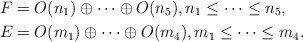
\begin{align*} F &= O(n_{1}) \oplus \dots \oplus O(n_{5}), n_{1} \leq \dots \leq n_{5}, \\ E &= O(m_{1}) \oplus \dots \oplus O(m_{4}), m_{1} \leq \dots \leq m_{4}. \end{align*}